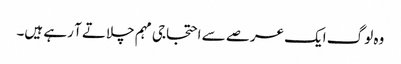
وہ لوگ ایک عرصے سے احتجاجی مہم چلاتے آ رہے ہیں۔